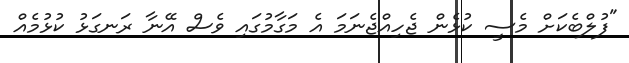
"ފުލްބެކަށް މެސީ ކުޅެން ޖެހިއްޖެނަމަ އެ މަގާމުގައި ވެސް އޭނާ ރަނގަޅު ކުޅުމެއް